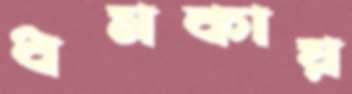
ধমকায়